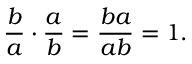
{ \frac { b } { a } } \cdot { \frac { a } { b } } = { \frac { b a } { a b } } = 1 .